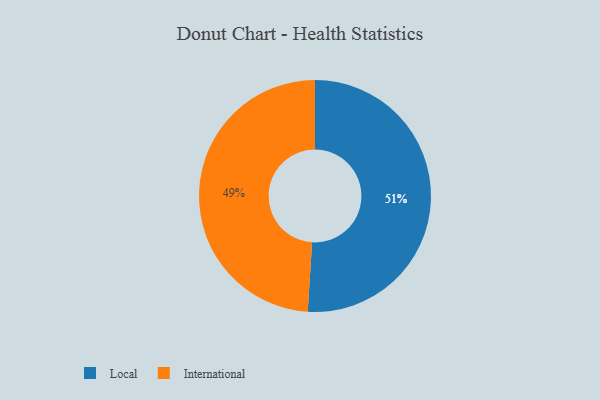
{"axis": {"x": "Category", "y": "Percentage"}, "legend": ["International", "Local"], "data": [{"x": "Local", "y": 51, "type": "Local"}, {"x": "International", "y": 49, "type": "International"}]}